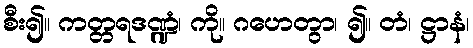
စီး၍။ ကတ္တရဒဏ္ဍံ၊ ကို။ ဂဟေတွာ၊ ၍။ တံ၊ ဋ္ဌာနံ၊